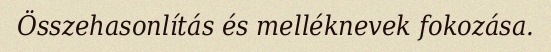
Összehasonlítás és melléknevek fokozása.